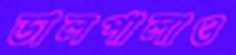
ডালপালাও